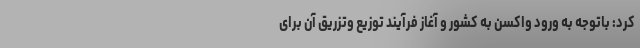
کرد: باتوجه به ورود واکسن به کشور و آغاز فرآیند توزیع وتزریق آن برای